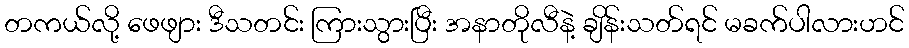
တကယ်လို့ ဖေဖျား ဒီသတင်း ကြားသွားပြီး အနာတိုလီနဲ့ ချိန်းသတ်ရင် မခက်ပါလားဟင်